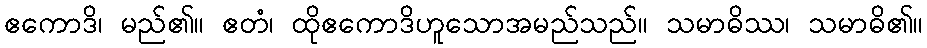
ဧကောဒိ၊ မည်၏။ ဧတံ၊ ထိုဧကောဒိဟူသောအမည်သည်။ သမာဓိဿ၊ သမာဓိ၏။